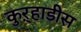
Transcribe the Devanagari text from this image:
कुऱ्हाडीस